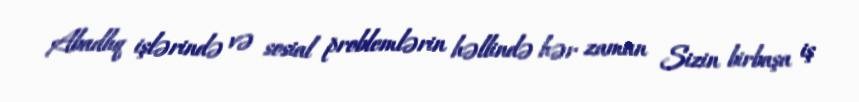
Abadlıq işlərində və sosial problemlərin həllində hər zaman Sizin birbaşa iş